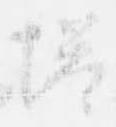
塔